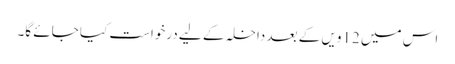
اس میں 12ویں کے بعد داخلہ کے لیے درخواست کیا جائے گا۔